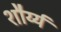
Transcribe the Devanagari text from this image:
शौर्य्य